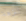
لنزهة